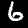
Label: 6